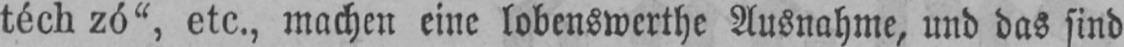
téch zó“, etc., machen eine lobenswerthe Ausnahme, und das sind